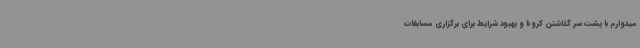
میدوارم با پشت سر گذاشتن کرونا و بهبود شرایط برای برگزاری مسابقات